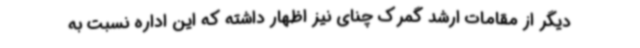
دیگر از مقامات ارشد گمرک چنای نیز اظهار داشته که این اداره نسبت به